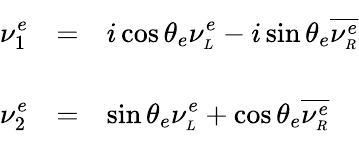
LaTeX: \begin{array}{lll}{{\displaystyle\vphantom{\Bigg|}\nu_{1}^{e}}}&{{=}}&{{\displaystyle i\cos\theta_{e}\nu_{\scriptscriptstyle L}^{e}-i\sin\theta_{e}\overline{{{\nu_{\scriptscriptstyle R}^{e}}}}}}\\ {{\displaystyle\vphantom{\Bigg|}\nu_{2}^{e}}}&{{=}}&{{\displaystyle\sin\theta_{e}\nu_{\scriptscriptstyle L}^{e}+\cos\theta_{e}\overline{{{\nu_{\scriptscriptstyle R}^{e}}}}}}\end{array}